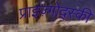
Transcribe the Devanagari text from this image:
प्राइज़्गोद्स्की